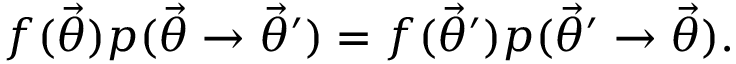
f ( \ensuremath { \vec { \theta } } ) p ( \ensuremath { \vec { \theta } } \rightarrow \ensuremath { \vec { \theta } } ^ { \prime } ) = f ( \ensuremath { \vec { \theta } } ^ { \prime } ) p ( \ensuremath { \vec { \theta } } ^ { \prime } \rightarrow \ensuremath { \vec { \theta } } ) .